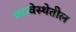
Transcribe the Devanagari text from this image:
व्यावेस्थेतील